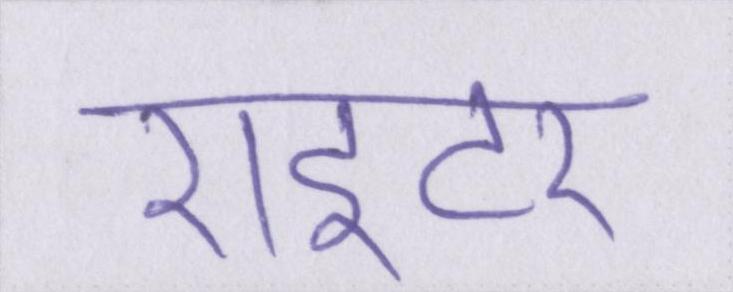
राइटर